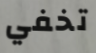
تخفي